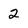
Character: 2